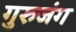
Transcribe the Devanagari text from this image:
गुरुजंग